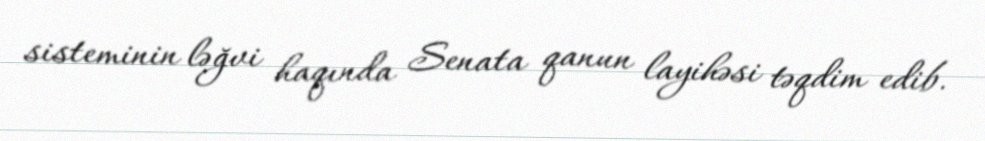
sisteminin ləğvi haqında Senata qanun layihəsi təqdim edib.